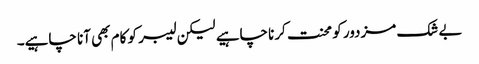
بے شک مزدور کو محنت کرنا چاہیے لیکن لیبر کو کام بھی آنا چاہیے۔